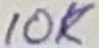
Text: 10K